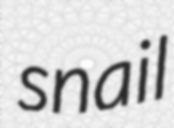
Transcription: snail